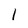
Character: 1